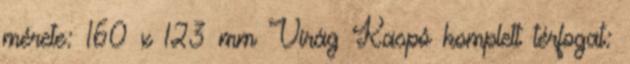
mérete: 160 x 123 mm Virág Kaspó komplett térfogat: